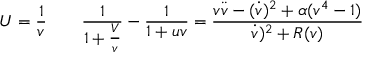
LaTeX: U = { \frac { 1 } { v } } \qquad { \frac { 1 } { 1 + { \frac { V } { v } } } } - { \frac { 1 } { 1 + u v } } = \frac { v \ddot { v } - ( \dot { v } ) ^ { 2 } + \alpha ( v ^ { 4 } - 1 ) } { \dot { v } ) ^ { 2 } + R ( v ) }